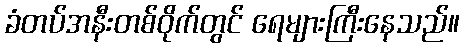
ခံတပ်အနီးတစ်ဝိုက်တွင် ရေများကြီးနေသည်။